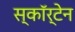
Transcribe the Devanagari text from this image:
स्कॉर्टेन